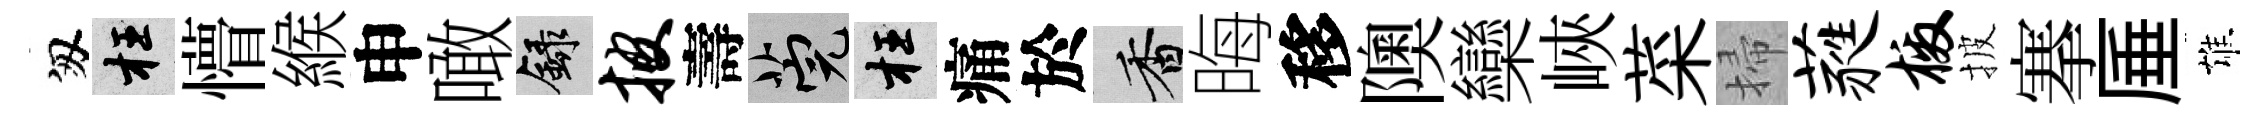
匆枉懵緱申噉録披壽筦枉痛於香晦移隩欒峽菜掃蕤檄披搴厜雄